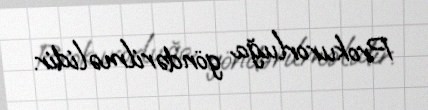
Prokurorluğa göndərilməlidir.